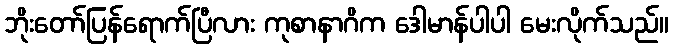
ဘိုးတော်ပြန်ရောက်ပြီလား ကုစာနာဂိက ဒေါမာန်ပါပါ မေးလိုက်သည်။